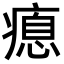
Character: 瘜